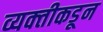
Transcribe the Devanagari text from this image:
व्यक्‍तीकडून